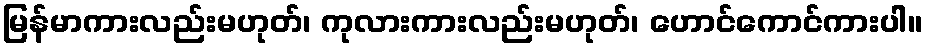
မြန်မာကားလည်းမဟုတ်၊ ကုလားကားလည်းမဟုတ်၊ ဟောင်ကောင်ကားပါ။